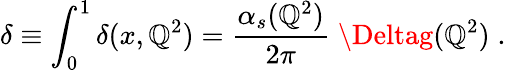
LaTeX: \delta\equiv\int_{0}^{1}\delta(x,\mathbb{Q}^{2})={\frac{{\alpha_{s}(\mathbb{Q}^{2})}}{{2\pi}}}\; \Deltag(\mathbb{Q}^{2})\; .